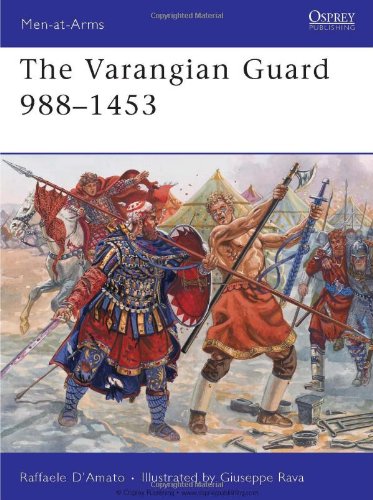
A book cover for The Varangian Guard 988-1453 (Men-at-Arms); Raffaele D'Amato; History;